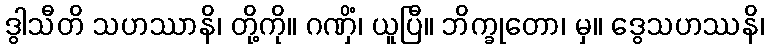
ဒွါသီတိ သဟဿာနိ၊ တို့ကို။ ဂဏှိံ၊ ယူပြီ။ ဘိက္ခုတော၊ မှ။ ဒွေသဟဿနိ၊